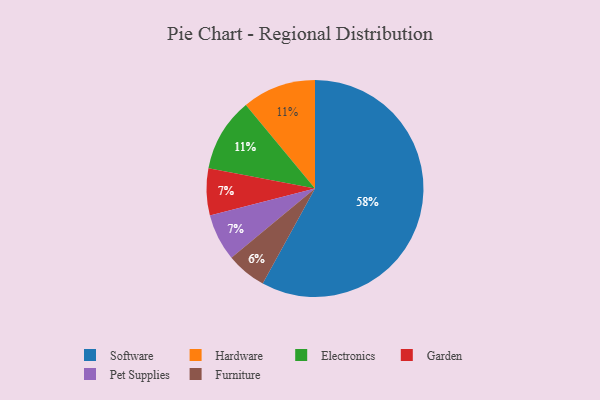
{"axis": {"x": "Category", "y": "Percentage"}, "legend": ["Electronics", "Furniture", "Garden", "Hardware", "Pet Supplies", "Software"], "data": [{"x": "Hardware", "y": 11, "type": "Hardware"}, {"x": "Garden", "y": 7, "type": "Garden"}, {"x": "Electronics", "y": 11, "type": "Electronics"}, {"x": "Furniture", "y": 6, "type": "Furniture"}, {"x": "Software", "y": 58, "type": "Software"}, {"x": "Pet Supplies", "y": 7, "type": "Pet Supplies"}]}